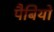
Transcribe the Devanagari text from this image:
पैबियो